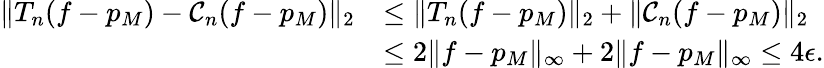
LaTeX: \begin{array}{rl}{\Vert T_{n}(f-p_{M})-\mathcal{C}_{n}(f-p_{M})\Vert_{2}}&{\leq\Vert T_{n}(f-p_{M})\Vert_{2}+\Vert\mathcal{C}_{n}(f-p_{M})\Vert_{2}}\\ &{\leq 2\Vert f-p_{M}\Vert_{\infty}+2\Vert f-p_{M}\Vert_{\infty}\leq 4\epsilon.}\end{array}